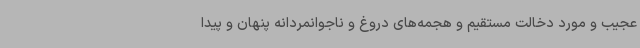
عجیب و مورد دخالت مستقیم و هجمه‌های دروغ و ناجوانمردانه پنهان و پیدا